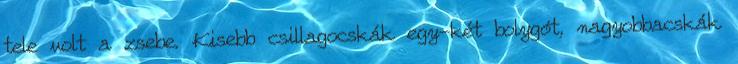
tele volt a zsebe. Kisebb csillagocskák egy-két bolygót, nagyobbacskák